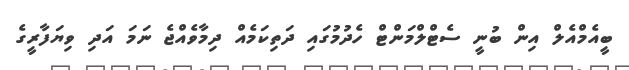
ބީއެމްއެލް އިން ބުނީ ސެޓްލްމަންޓް ހެދުމުގައި ދަތިކަމެއް ދިމާވެއްޖެ ނަމަ އަދި ވިޔަފާރީގެ